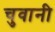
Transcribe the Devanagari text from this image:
चुवानी